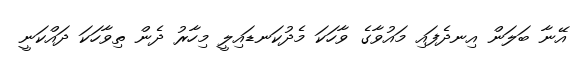
އޭނާ ބަލަން އިނދެފައި މައުވާގެ ވާހަކަ މެދުކަނޑައިލީ މިހާރު ދެން ތިވާހަކަ ދައްކަނީ